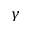
\gamma